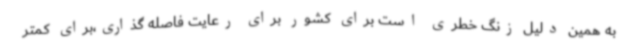
به همین دلیل زنگ خطری است برای کشور برای رعایت فاصله گذاری،برای کمتر